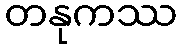
တနုကဿ